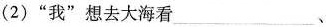
(2)”我”想去大海看___、